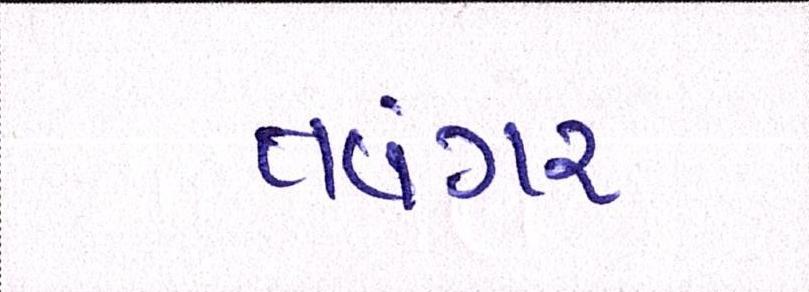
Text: તવંગર